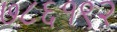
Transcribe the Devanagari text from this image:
७८६१९२